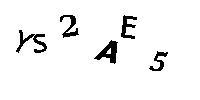
YS2AE5